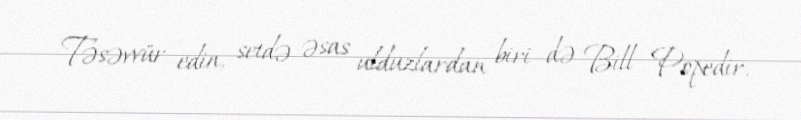
Təsəvvür edin, setdə əsas ulduzlardan biri də Bill Popedir.